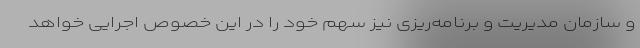
و سازمان مدیریت و برنامه‌ریزی نیز سهم خود را در این خصوص اجرایی خواهد